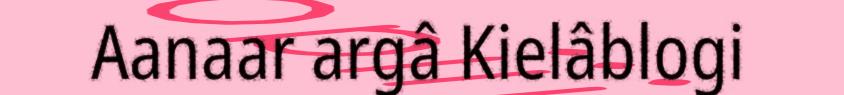
Aanaar argâ Kielâblogi